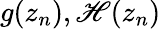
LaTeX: g(z_{n}),\mathscr{H}(z_{n})